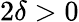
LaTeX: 2\delta>0